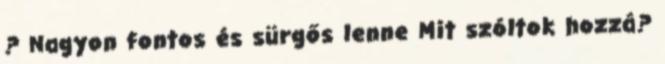
? Nagyon fontos és sürgős lenne Mit szóltok hozzá?